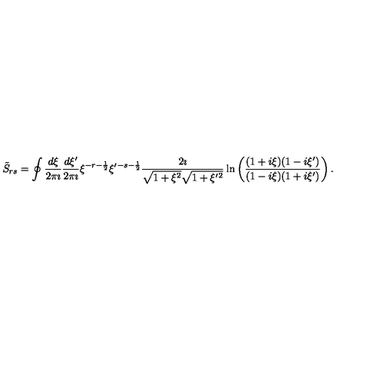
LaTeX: \tilde { S } _ { r s } = \oint \frac { d \xi } { 2 \pi \imath } \frac { d \xi ^ { \prime } } { 2 \pi \imath } \xi ^ { - r - \frac { 1 } { 2 } } \xi ^ { \prime } { } ^ { - s - \frac { 1 } { 2 } } \frac { 2 \imath } { \sqrt { 1 + \xi ^ { 2 } } \sqrt { 1 + \xi ^ { \prime } { } ^ { 2 } } } \ln \left( \frac { ( 1 + i \xi ) ( 1 - i \xi ^ { \prime } ) } { ( 1 - i \xi ) ( 1 + i \xi ^ { \prime } ) } \right) .